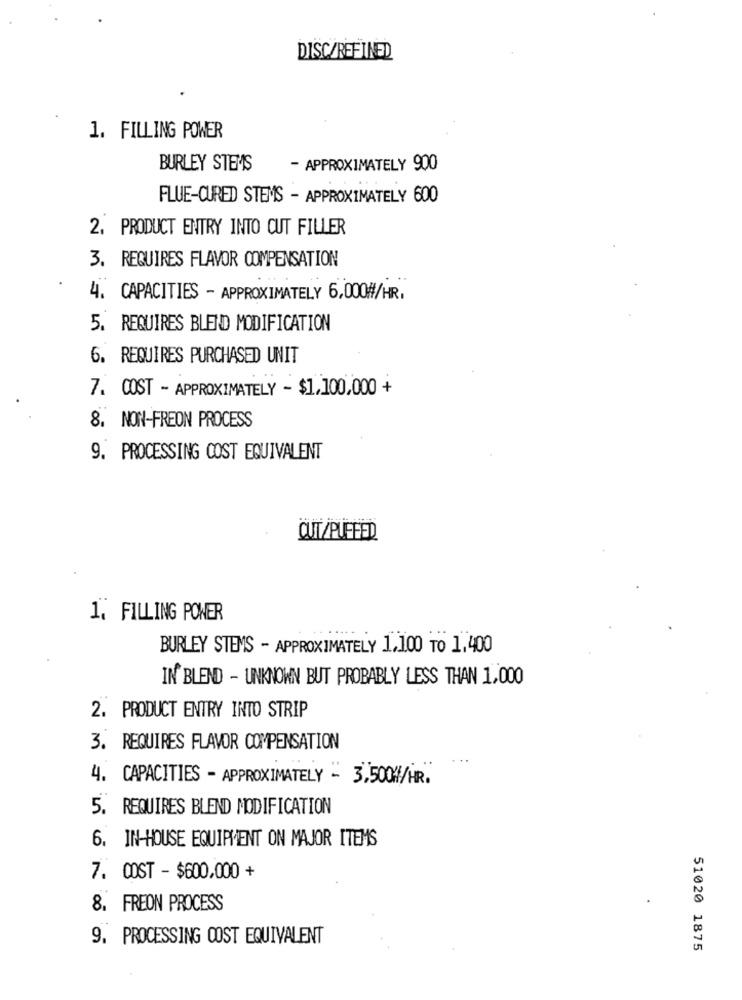
DISC/REFINED
1. FILLING POWER
BURLEY STEMS
- APPROXIMATELY 900
FLUE-CURED STEMS - APPROXIMATELY 600
2. PRODUCT ENTRY INTO CUT FILLER
3. REQUIRES FLAVOR COMPENSATION
4. CAPACITIES - APPROXIMATELY 6,000#/HR,
5. REQUIRES BLEND MODIFICATION
6. REQUIRES PURCHASED UNIT
7. COST - APPROXIMATELY - $1,100,000 +
8. NON-FREON PROCESS
9. PROCESSING COST EQUIVALENT
CUT/PUFFED
1. FILLING POWER
BURLEY STEMS - APPROXIMATELY 1,100 TO 1,400
IN BLEND - UNKNOWN BUT PROBABLY LESS THAN 1,000
2. PRODUCT ENTRY INTO STRIP
3. REQUIRES FLAVOR COMPENSATION
4. CAPACITIES - APPROXIMATELY - 3,500W/HR.
5. REQUIRES BLEND MODIFICATION
6. IN-HOUSE EQUIPMENT ON MAJOR ITEMS
7. COST - $600,000 +
8. FREON PROCESS
9. PROCESSING COST EQUIVALENT
51020 1875